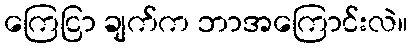
ကြေငြာ ချက်က ဘာအကြောင်းလဲ။